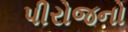
પીરોજનો